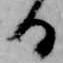
る